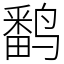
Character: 𬸪